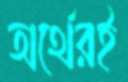
অর্থেরই